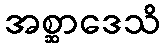
အစ္ဆာဒေသိ